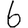
Digit: 6